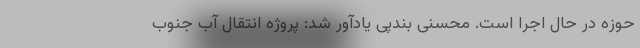
حوزه در حال اجرا است. محسنی بندپی یادآور شد: پروژه انتقال آب جنوب